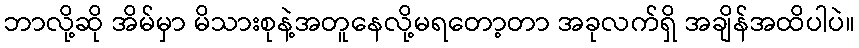
ဘာလို့ဆို အိမ်မှာ မိသားစုနဲ့အတူနေလို့မရတော့တာ အခုလက်ရှိ အချိန်အထိပါပဲ။